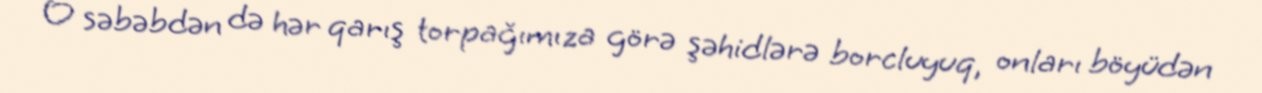
O səbəbdən də hər qarış torpağımıza görə şəhidlərə borcluyuq, onları böyüdən